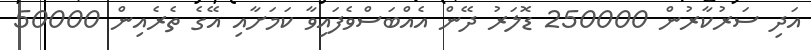
އަދި ސަރުކާރުން 250000 ޑޮލަރު ދޭން އެއްބަސްވެފައިވާ ކަމަށާއި އޭގެ ތެރެއިން 50000